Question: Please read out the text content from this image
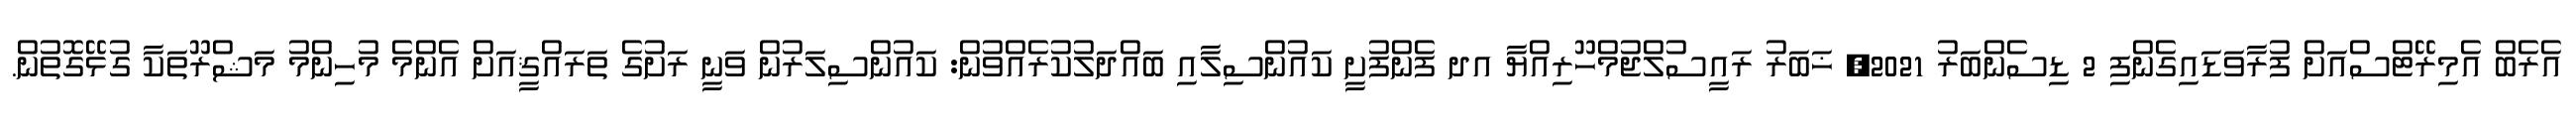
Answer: އެރެބް އެމިރޭޓްސްއަށް ފުރާވަޑައިގެންފި 2 ޑިސެންބަރު 2021, ޚަބަރު ރައީސުލްޖުމްހޫރިއްޔާ އދ ފެންފުށީ ކައުންސިލާއި ބައްދަލުކުރެއްވުން: ކައުންސިލަރުން ވަނީ ރަށުގެ ތަރައްޤީއަށް އެންމެ މުހިންމު މަޝްރޫތަކާ ގުޅޭގޮތުން.